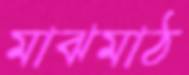
মাঝমাঠ